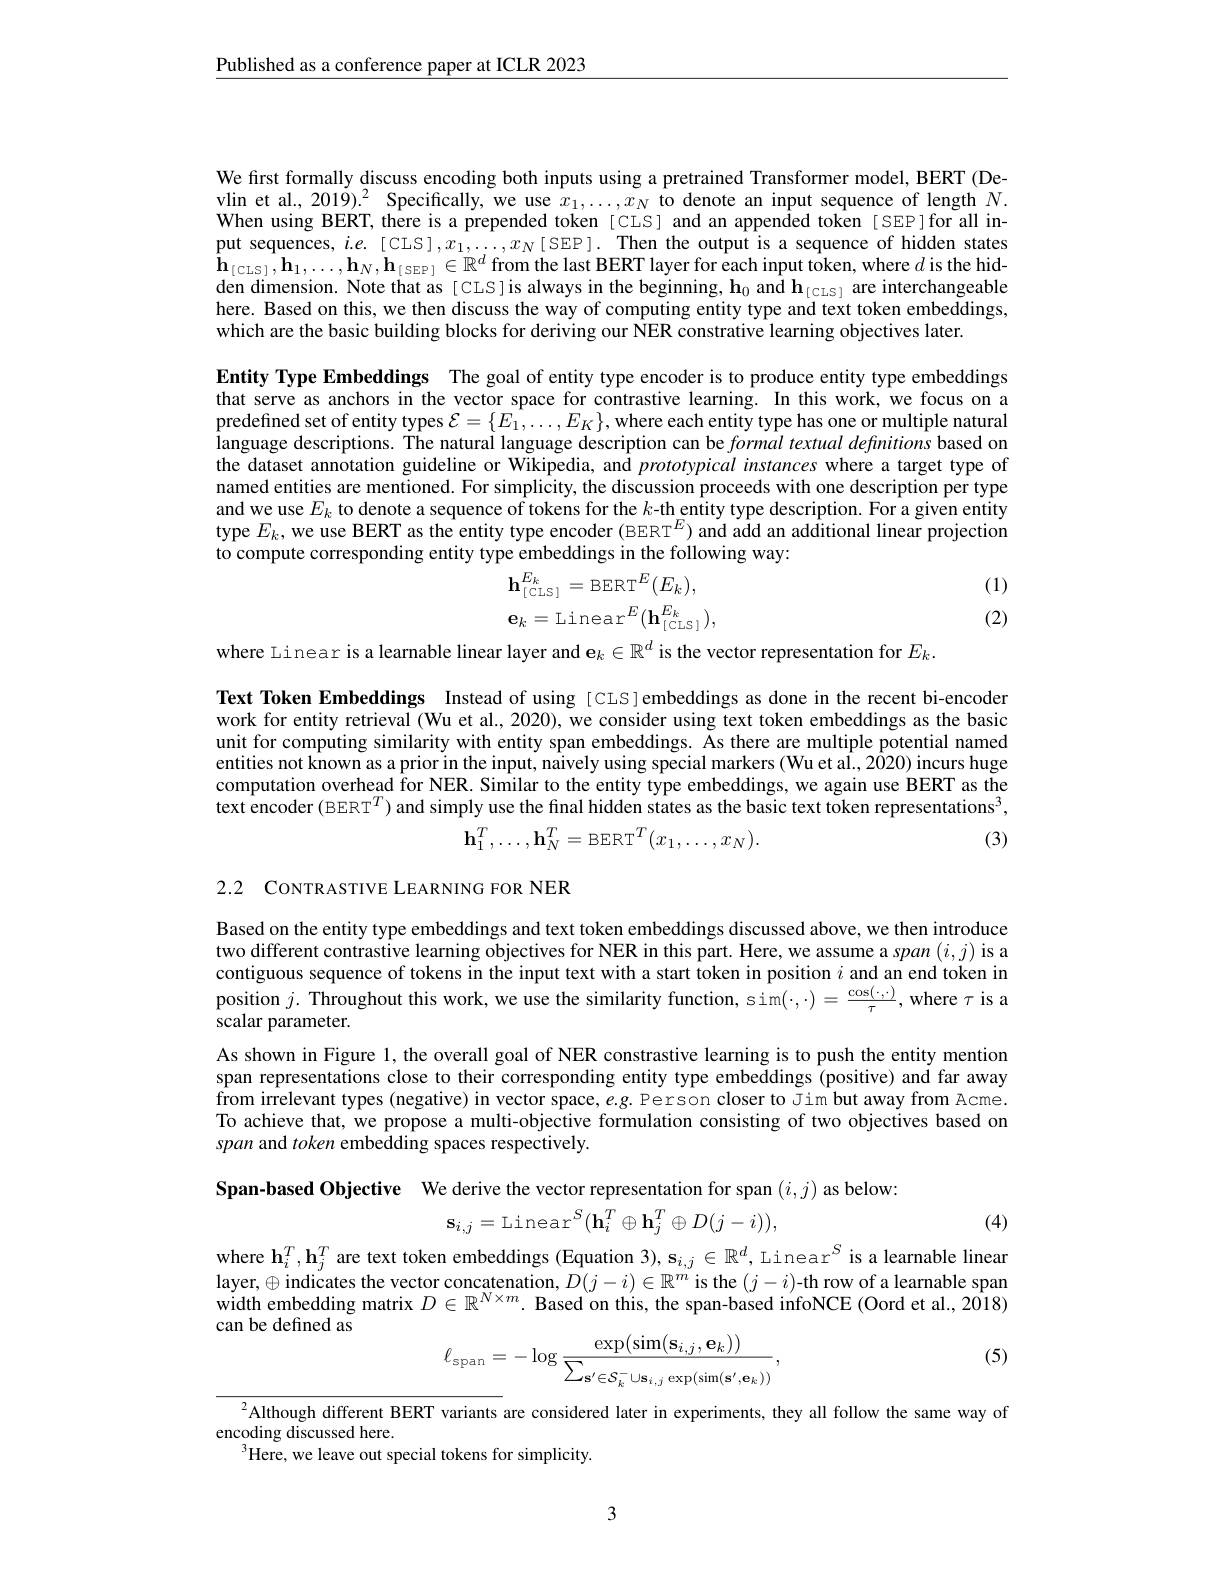
$\underline{\text{Published as a conference paper at ICLR 2023}}$

We first formally discuss encoding both inputs using a pretrained Transformer model, BERT (Devlin et al., 201$\tilde{9})^2$ Specifically, we use $x_1,\ldots,x_N$ to denote an input sequence of length $N.$ When using BERT, there is a prepended token [CLS] and an appended token [ SEP]for all input sequences, $i.e.[$CIS]$,x_1,\ldots,x_N[$SEP]. Then the output is a sequence of hidden states $\mathbf{h}_{[\mathrm{CLS}]},\mathbf{h}_{1},\ldots,\mathbf{h}_{N},\mathbf{h}_{[\mathrm{SEP}]}\in\mathbb{R}^{d}$from the last BERT layer for each input token, where $d$ is the hidden dimension. Note that as [ CLS] is always in the beginning, $\mathbf{h}_0$ and $\mathbf{h}_{[\mathrm{CLS}]}$ are interchangeable here. Based on this, we then discuss the way of computing entity type and text token embeddings, which are the basic building blocks for deriving our NER constrative learning objectives later.

Entity Type Embeddings The goal of entity type encoder is to produce entity type embeddings that serve as anchors in the vector space for contrastive learning. In this work, we focus on a predefined set of entity types $\mathcal{E}=\{E_1,\ldots,E_K\}$,where each entity type has one or multiple natural language descriptions. The natural language description can be $formal\textit{textual definitions based on}$ the dataset annotation guideline or Wikipedia, and prototypical instances where a target type of named entities are mentioned. For simplicity, the discussion proceeds with one description per type and we use $E_k$ to denote a sequence of tokens for the $k$- th entity type description. For a given entity type $E_k$, we use BERT as the entity type encoder (BERT$^E)$ and add an additional linear projection to compute corresponding entity type embeddings in the following way:
(1)
$$\mathbf{h}_{[\mathrm{CLS}]}^{E_{k}}=\mathrm{BERT}^{E}(E_{k}),\\\mathbf{e}_{k}=\mathrm{Linear}^{E}(\mathbf{h}_{[\mathrm{CLS}]}^{E_{k}}),$$
(2)

where Linear is a learnable linear layer and $\mathbf{e}_k\in\mathbb{R}^d$ is the vector representation for $E_k.$

Text Token Embeddings Instead of using [CLS]embeddings as done in the recent bi-encoder work for entity retrieval (Wu et al., 2020), we consider using text token embeddings as the basic unit for computing similarity with entity span embeddings. As there are multiple potential named entities not known as a prior in the input, naively using special markers (Wu et al., 2020) incurs huge computation overhead for NER. Similar to the entity type embeddings, we again use BERT as the text encoder (BERT$^T)\text{ and simply use the final hidden states as the basic text token representations}^{3}$,
$$\mathbf{h}_1^T,\ldots,\mathbf{h}_N^T=\text{BERT}^T(x_1,\ldots,x_N).$$
(3)

2.2 CONTRASTIVE LEARNING FOR NER

Based on the entity type embeddings and text token embeddings discussed above, we then introduce two different contrastive learning objectives for NER in this part. Here, we assume a span $(i,j)$ is a contiguous sequence of tokens in the input text with a start token in position $i$ and an end token in position $j.$ Throughout this work, we use the similarity function, sim$(\cdot,\cdot)=\frac{\cos(\cdot,\cdot)}\tau$, where $\tau$ is a scalar parameter.
As shown in Figure 1, the overall goal of NER constrastive learning is to push the entity mention span representations close to their corresponding entity type embeddings (positive) and far away from irrelevant types (negative) in vector space, $e.g.$ Person closer to Jim but away from Acme. To achieve that, we propose a multi-objective formulation consisting of two objectives based on span and token embedding spaces respectively.

Span-based Objective We derive the vector representation for span $(i,j)$ as below:
$$\mathbf{s}_{i,j}=\mathrm{Linear}^{S}(\mathbf{h}_{i}^{T}\oplus\mathbf{h}_{j}^{T}\oplus D(j-i)),$$
(4)

where $\mathbf{h}_i^T,\mathbf{h}_j^T$ are text token embeddings (Equation 3), s$_i,j\in\mathbb{R}^d$, Linear$^S$ is a learnable linear layer, $\oplus$ indicates the vector concatenation, $D(j-i)\in\mathbb{R}^m$ is the $(j-i)$-th row of a learnable span width embedding matrix $D\in\mathbb{R}^{N\times m}.$ Based on this, the span-based infoNCE (Oord et al., 2018) can be defined as
$$\ell_{\mathrm{span}}=-\log\frac{\exp(\sin(\mathbf{s}_{i,j},\mathbf{e}_{k}))}{\sum_{{\mathbf{s}'\in\mathcal{S}_{k}^{-}\cup\mathbf{s}_{i,j}\exp(\sin(\mathbf{s}',\mathbf{e}_{k}))}},}$$
(5)

$^{2}$Although different BERT variants are considered later in experiments, they all follow the same way of
encoding discussed here.
${}^{3}$Here, we leave out special tokens for simplicity.

3